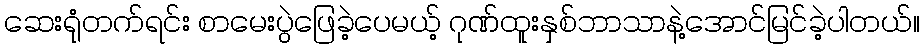
ဆေးရုံတက်ရင်း စာမေးပွဲဖြေခဲ့ပေမယ့် ဂုဏ်ထူးနှစ်ဘာသာနဲ့အောင်မြင်ခဲ့ပါတယ်။